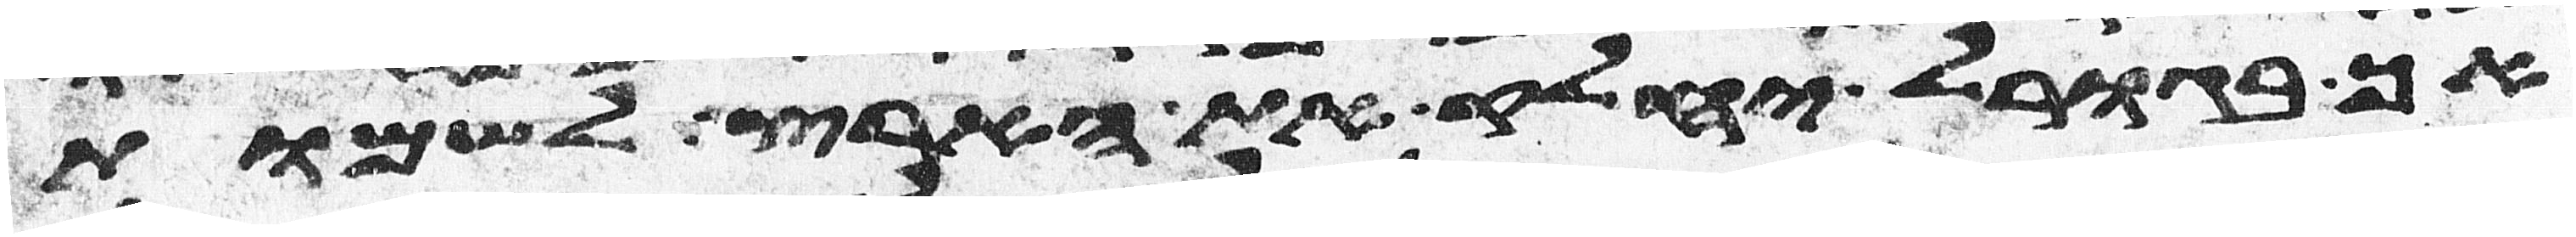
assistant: אך בגורל יחלק את הארץ לשמות